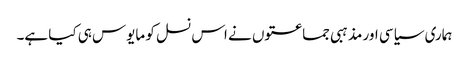
ہماری سیاسی اور مذہبی جماعتوں نے اس نسل کو مایوس ہی کیا ہے۔